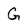
Character: G